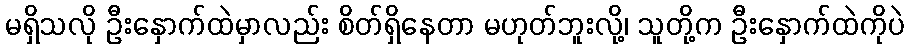
မရှိသလို ဦးနှောက်ထဲမှာလည်း စိတ်ရှိနေတာ မဟုတ်ဘူးလို့၊ သူတို့က ဦးနှောက်ထဲကိုပဲ